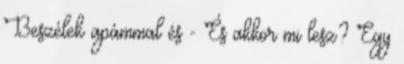
Beszélek apámmal és - És akkor mi lesz? Egy